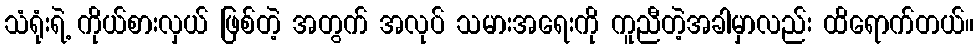
သံရုံးရဲ့ ကိုယ်စားလှယ် ဖြစ်တဲ့ အတွက် အလုပ် သမားအရေးကို ကူညီတဲ့အခါမှာလည်း ထိရောက်တယ်။